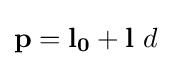
\mathbf {p} =\mathbf {l_{0}} +\mathbf {l} \ d